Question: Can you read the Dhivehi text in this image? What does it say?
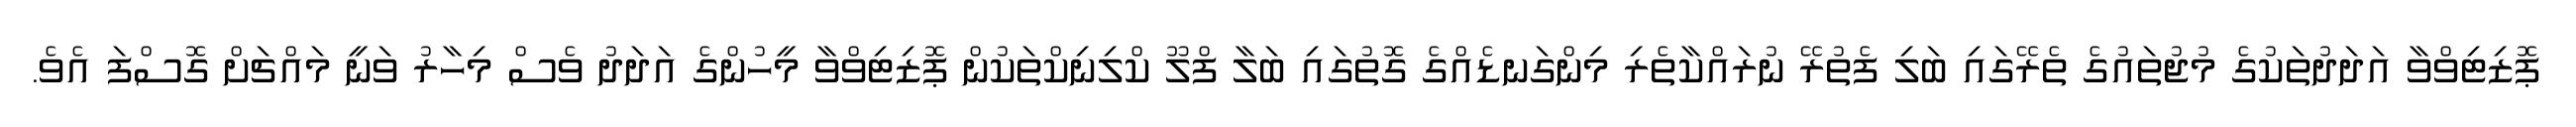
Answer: ޕޮޒިޓިވްވާ އަދަދުތަކުގެ މުޖުތައުގެ ތެރޭގައި ބަލި ފެތުރޭ ނުރައްކާތެރި މިންގަނޑެއްގެ ގޮތުގައި ބަލާ ފްލޫ ކްލިނިކްތަކުން ޕޮޒިޓިވްވާ މީހުންގެ އަދަދު ވެސް މިހާރު ވަނީ މައްޗަށް ގޮސްފަ އެވެ.